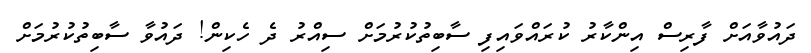
ދައުވާއަށް ފާރިސް އިންކާރު ކުރައްވައިފި ސާބިތުކުރުމަށް ސިއްރު ދެ ހެކިން! ދައުވާ ސާބިތުކުރުމަށް